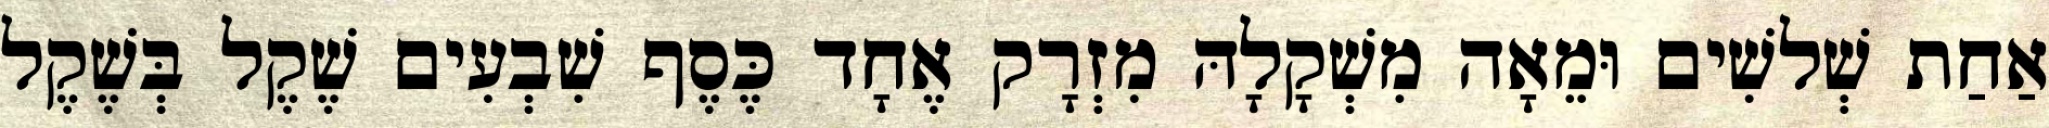
אַחַת שְׁלשִׁים וּמֵאָה מִשְׁקָלָהּ מִזְרָק אֶחָד כֶּסֶף שִׁבְעִים שֶׁקֶל בְּשֶׁקֶל